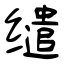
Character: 缱